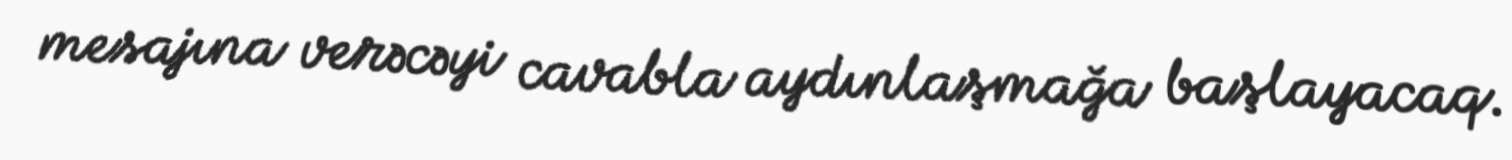
mesajına verəcəyi cavabla aydınlaşmağa başlayacaq.